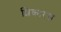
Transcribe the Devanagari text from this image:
शिकारस